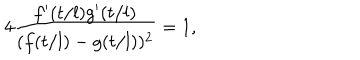
4 \frac { f ^ { \prime } ( t / l ) g ^ { \prime } ( t / l ) } { ( f ( t / l ) - g ( t / l ) ) ^ { 2 } } = 1 ,